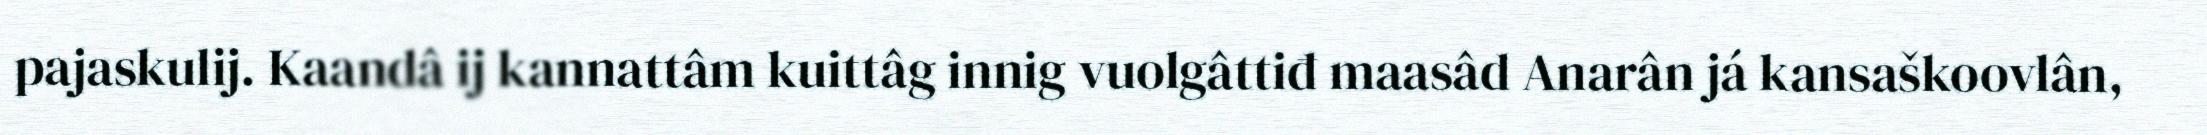
pajaskulij. Kaandâ ij kannattâm kuittâg innig vuolgâttiđ maasâd Anarân já kansaškoovlân,